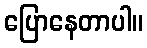
ပြောနေတာပါ။